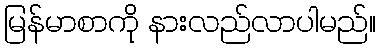
မြန်မာစာကို နားလည်လာပါမည်။